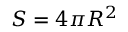
S = 4 \pi R ^ { 2 }